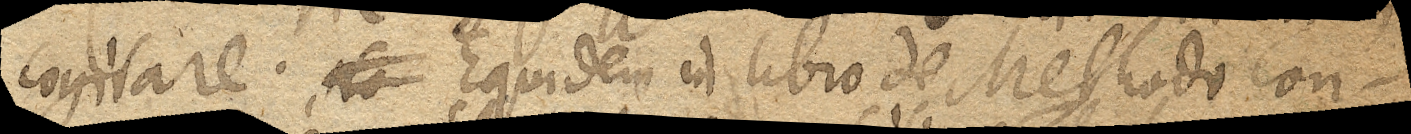
cogitare. co Equidem in libro de Methodo con–